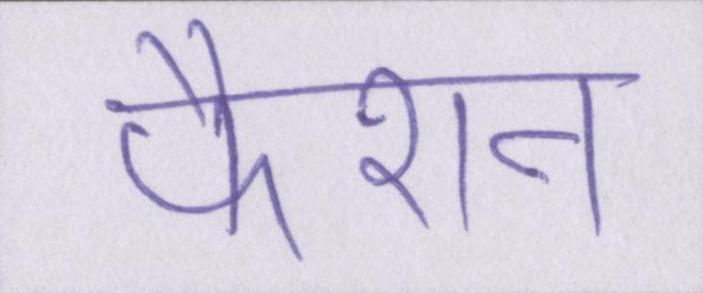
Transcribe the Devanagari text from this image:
फैशन